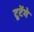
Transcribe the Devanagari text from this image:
टूटेंगे